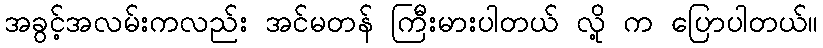
အခွင့်အလမ်းကလည်း အင်မတန် ကြီးမားပါတယ် လို့ က ပြောပါတယ်။